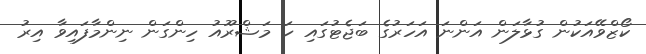
ކޯޒްވޭއަކުން ގުޅާލަން އަންނަ އަހަރުގެ ބަޖެޓުގައި ހަ މަޝްރޫއު ހިންގަން ނިންމާފައިވާ އިރު